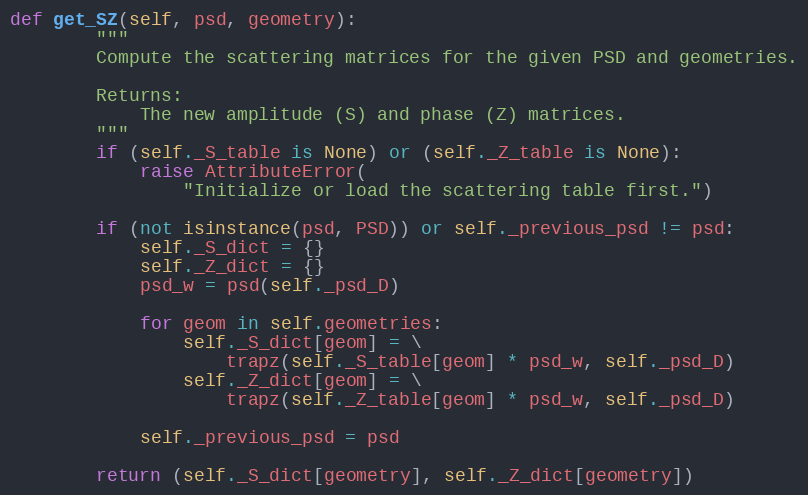
Language: Python
def get_SZ(self, psd, geometry):
        """
        Compute the scattering matrices for the given PSD and geometries.

        Returns:
            The new amplitude (S) and phase (Z) matrices.
        """
        if (self._S_table is None) or (self._Z_table is None):
            raise AttributeError(
                "Initialize or load the scattering table first.")

        if (not isinstance(psd, PSD)) or self._previous_psd != psd:
            self._S_dict = {}
            self._Z_dict = {}
            psd_w = psd(self._psd_D)

            for geom in self.geometries:
                self._S_dict[geom] = \
                    trapz(self._S_table[geom] * psd_w, self._psd_D)
                self._Z_dict[geom] = \
                    trapz(self._Z_table[geom] * psd_w, self._psd_D)

            self._previous_psd = psd

        return (self._S_dict[geometry], self._Z_dict[geometry])